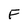
Character: F